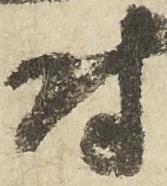
尉